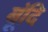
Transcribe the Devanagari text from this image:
बूंदि